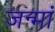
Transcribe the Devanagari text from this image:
जन्मां